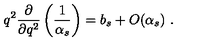
q ^ { 2 } \frac { \partial } { \partial q ^ { 2 } } \left( \frac { 1 } { \alpha _ { s } } \right) = b _ { s } + O ( \alpha _ { s } ) \ .